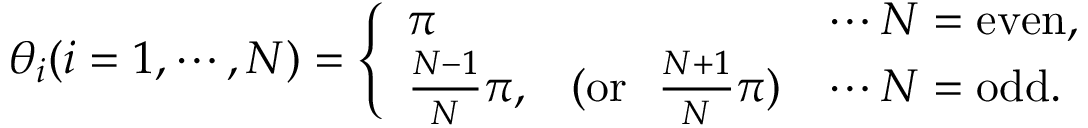
\theta _ { i } ( i = 1 , \cdots , N ) = \left\{ \begin{array} { l c l } { { \pi } } & { { } } & { { \cdots N = \mathrm { e v e n } , } } \\ { { { \frac { N - 1 } { N } } \pi , } } & { { ( \mathrm { o r } ~ ~ { \frac { N + 1 } { N } } \pi ) } } & { { \cdots N = \mathrm { o d d } . } } \end{array} \right.